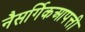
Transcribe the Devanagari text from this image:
नैसर्गिकआपत्ती